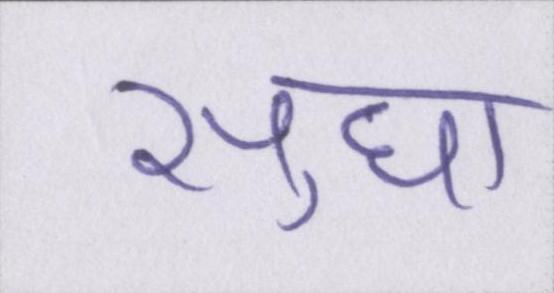
सुधा